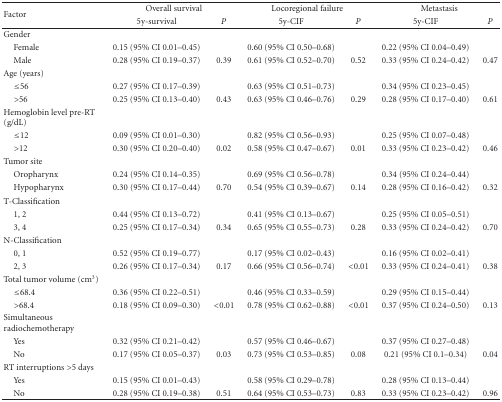
<table><thead><tr><td rowspan="2"><b>Factor</b></td><td colspan="2"><b>Overall survival</b></td><td colspan="2"><b>Locoregional failure</b></td><td colspan="2"><b>Metastasis</b></td></tr><tr><td><b>5y-survival</b></td><td><b><i>P</i></b></td><td><b>5y-CIF</b></td><td><b><i>P</i></b></td><td><b>5y-CIF</b></td><td><b><i>P</i></b></td></tr></thead><tbody><tr><td>Gender</td><td></td><td></td><td></td><td></td><td></td><td></td></tr><tr><td> Female</td><td>0.15 (95% CI 0.01–0.45)</td><td></td><td>0.60 (95% CI 0.50–0.68)</td><td></td><td>0.22 (95%0 CI 0.04–0.49)</td><td></td></tr><tr><td> Male</td><td>0.28 (95% CI 0.19–0.37)</td><td>0.39</td><td>0.61 (95% CI 0.52–0.70)</td><td>0.52</td><td>0.33 (95% CI 0.24–0.42)</td><td>0.47</td></tr><tr><td>Age (years)</td><td></td><td></td><td></td><td></td><td></td><td></td></tr><tr><td> ≤56</td><td>0.27 (95% CI 0.17–0.39)</td><td></td><td>0.63 (95% CI 0.51–0.73)</td><td></td><td>0.34 (95% CI 0.23–0.45)</td><td></td></tr><tr><td> &gt;56</td><td>0.25 (95% CI 0.13–0.40)</td><td>0.43</td><td>0.63 (95% CI 0.46–0.76)</td><td>0.29</td><td>0.28 (95% CI 0.17–0.40)</td><td>0.61</td></tr><tr><td>Hemoglobin level pre-RT (g/dL)</td><td></td><td></td><td></td><td></td><td></td><td></td></tr><tr><td> ≤12</td><td>0.09 (95% CI 0.01–0.30)</td><td></td><td>0.82 (95% CI 0.56–0.93)</td><td></td><td>0.25 (95% CI 0.07–0.48)</td><td></td></tr><tr><td> &gt;12</td><td>0.30 (95% CI 0.20–0.40)</td><td>0.02</td><td>0.58 (95% CI 0.47–0.67)</td><td>0.01</td><td>0.33 (95% CI 0.23–0.42)</td><td>0.46</td></tr><tr><td>Tumor site</td><td></td><td></td><td></td><td></td><td></td><td></td></tr><tr><td> Oropharynx</td><td>0.24 (95% CI 0.14–0.35)</td><td></td><td>0.69 (95% CI 0.56–0.78)</td><td></td><td>0.34 (95% CI 0.24–0.44)</td><td></td></tr><tr><td> Hypopharynx</td><td>0.30 (95% CI 0.17–0.44)</td><td>0.70</td><td>0.54 (95% CI 0.39–0.67)</td><td>0.14</td><td>0.28 (95% CI 0.16–0.42)</td><td>0.32</td></tr><tr><td>T-Classification</td><td></td><td></td><td></td><td></td><td></td><td></td></tr><tr><td> 1, 2</td><td>0.44 (95% CI 0.13–0.72)</td><td></td><td>0.41 (95% CI 0.13–0.67)</td><td></td><td>0.25 (95% CI 0.05–0.51)</td><td></td></tr><tr><td> 3, 4</td><td>0.25 (95% CI 0.17–0.34)</td><td>0.34</td><td>0.65 (95% CI 0.55–0.73)</td><td>0.28</td><td>0.33 (95% CI 0.24–0.42)</td><td>0.70</td></tr><tr><td>N-Classification</td><td></td><td></td><td></td><td></td><td></td><td></td></tr><tr><td> 0, 1</td><td>0.52 (95% CI 0.19–0.77)</td><td></td><td>0.17 (95% CI 0.02–0.43)</td><td></td><td>0.16 (95% CI 0.02–0.41)</td><td></td></tr><tr><td> 2, 3</td><td>0.26 (95% CI 0.17–0.34)</td><td>0.17</td><td>0.66 (95% CI 0.56–0.74)</td><td>&lt;0.01</td><td>0.33 (95% CI 0.24–0.41)</td><td>0.38</td></tr><tr><td>Total tumor volume (cm<sup>3</sup>)</td><td></td><td></td><td></td><td></td><td></td><td></td></tr><tr><td> ≤68.4</td><td>0.36 (95% CI 0.22–0.51)</td><td></td><td>0.46 (95% CI 0.33–0.59)</td><td></td><td>0.29 (95% CI 0.15–0.44)</td><td></td></tr><tr><td> &gt;68.4</td><td>0.18 (95% CI 0.09–0.30)</td><td>&lt;0.01</td><td>0.78 (95% CI 0.62–0.88)</td><td>&lt;0.01</td><td>0.37 (95% CI 0.24–0.50)</td><td>0.13</td></tr><tr><td>Simultaneous radiochemotherapy</td><td></td><td></td><td></td><td></td><td></td><td></td></tr><tr><td> Yes</td><td>0.32 (95% CI 0.21–0.42)</td><td></td><td>0.57 (95% CI 0.46–0.67)</td><td></td><td>0.37 (95% CI 0.27–0.48)</td><td></td></tr><tr><td> No</td><td>0.17 (95% CI 0.05–0.37)</td><td>0.03</td><td>0.73 (95% CI 0.53–0.85)</td><td>0.08</td><td>0.21 (95% CI 0.1–0.34)</td><td>0.04</td></tr><tr><td>RT interruptions &gt;5 days</td><td></td><td></td><td></td><td></td><td></td><td></td></tr><tr><td> Yes</td><td>0.15 (95% CI 0.01–0.43)</td><td></td><td>0.58 (95% CI 0.29–0.78)</td><td></td><td>0.28 (95% CI 0.13–0.44)</td><td></td></tr><tr><td> No</td><td>0.28 (95% CI 0.19–0.38)</td><td>0.51</td><td>0.64 (95% CI 0.53–0.73)</td><td>0.83</td><td>0.33 (95% CI 0.23–0.42)</td><td>0.96</td></tr></tbody></table>